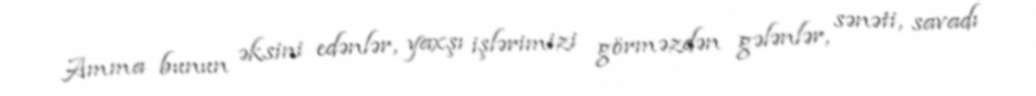
Amma bunun əksini edənlər, yaxşı işlərimizi görməzdən gələnlər, sənəti, savadı